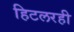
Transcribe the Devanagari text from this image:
हिटलरही